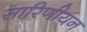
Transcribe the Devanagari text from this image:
सारिणीयन